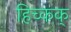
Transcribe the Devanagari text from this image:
हिच्कक्